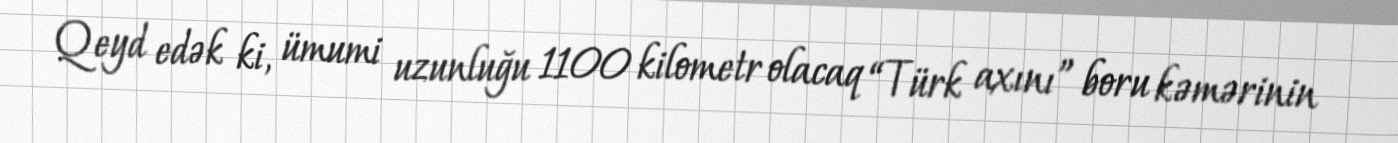
Qeyd edək ki, ümumi uzunluğu 1100 kilometr olacaq “Türk axını” boru kəmərinin